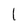
Character: l